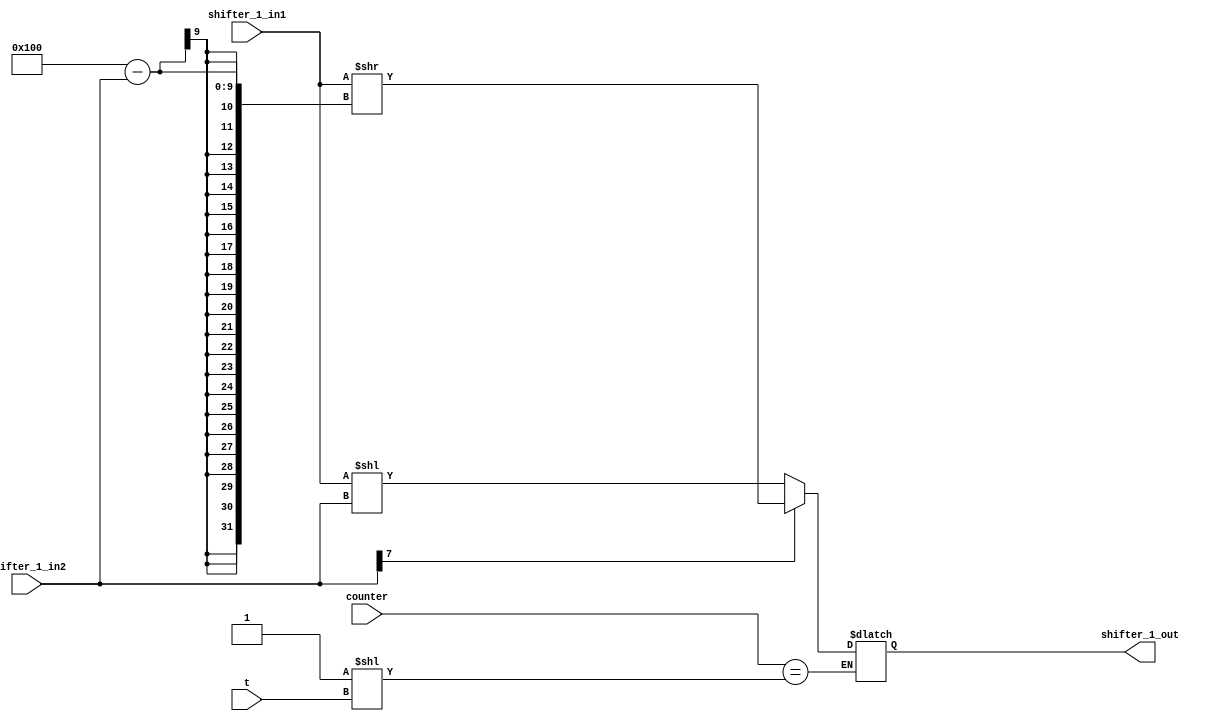
module shifter_1(t,counter,shifter_1_in1,shifter_1_in2,shifter_1_out);
parameter n=8;
input [n-1:0] counter,t;
input [n-1:0] shifter_1_in1;
input [n-1:0] shifter_1_in2;
output reg [2*n-1:0] shifter_1_out; 
reg [2*n-1:0]temp_shifter_1=0;
always@(*)
begin
	if(counter==1<<t)
	begin
		if(shifter_1_in2[n-1]==0)
			temp_shifter_1=shifter_1_in1<<(shifter_1_in2);
			
		else
			temp_shifter_1=shifter_1_in1>>(256-shifter_1_in2);
			
		shifter_1_out=temp_shifter_1 ;
	end
	
end

endmodule